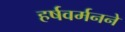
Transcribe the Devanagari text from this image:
हर्षवर्मनने